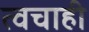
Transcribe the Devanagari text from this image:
त्वचाही